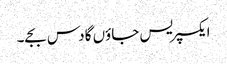
ایکسپریس جاؤں گا دس بجے۔